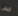
ايس